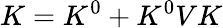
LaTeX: K=K^{0}+K^{0}VK